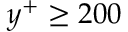
y ^ { + } \geq 2 0 0